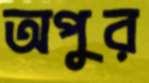
অপুর